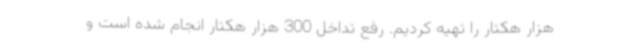
هزار هکتار را تهیه کردیم. رفع تداخل 300 هزار هکتار انجام شده است و